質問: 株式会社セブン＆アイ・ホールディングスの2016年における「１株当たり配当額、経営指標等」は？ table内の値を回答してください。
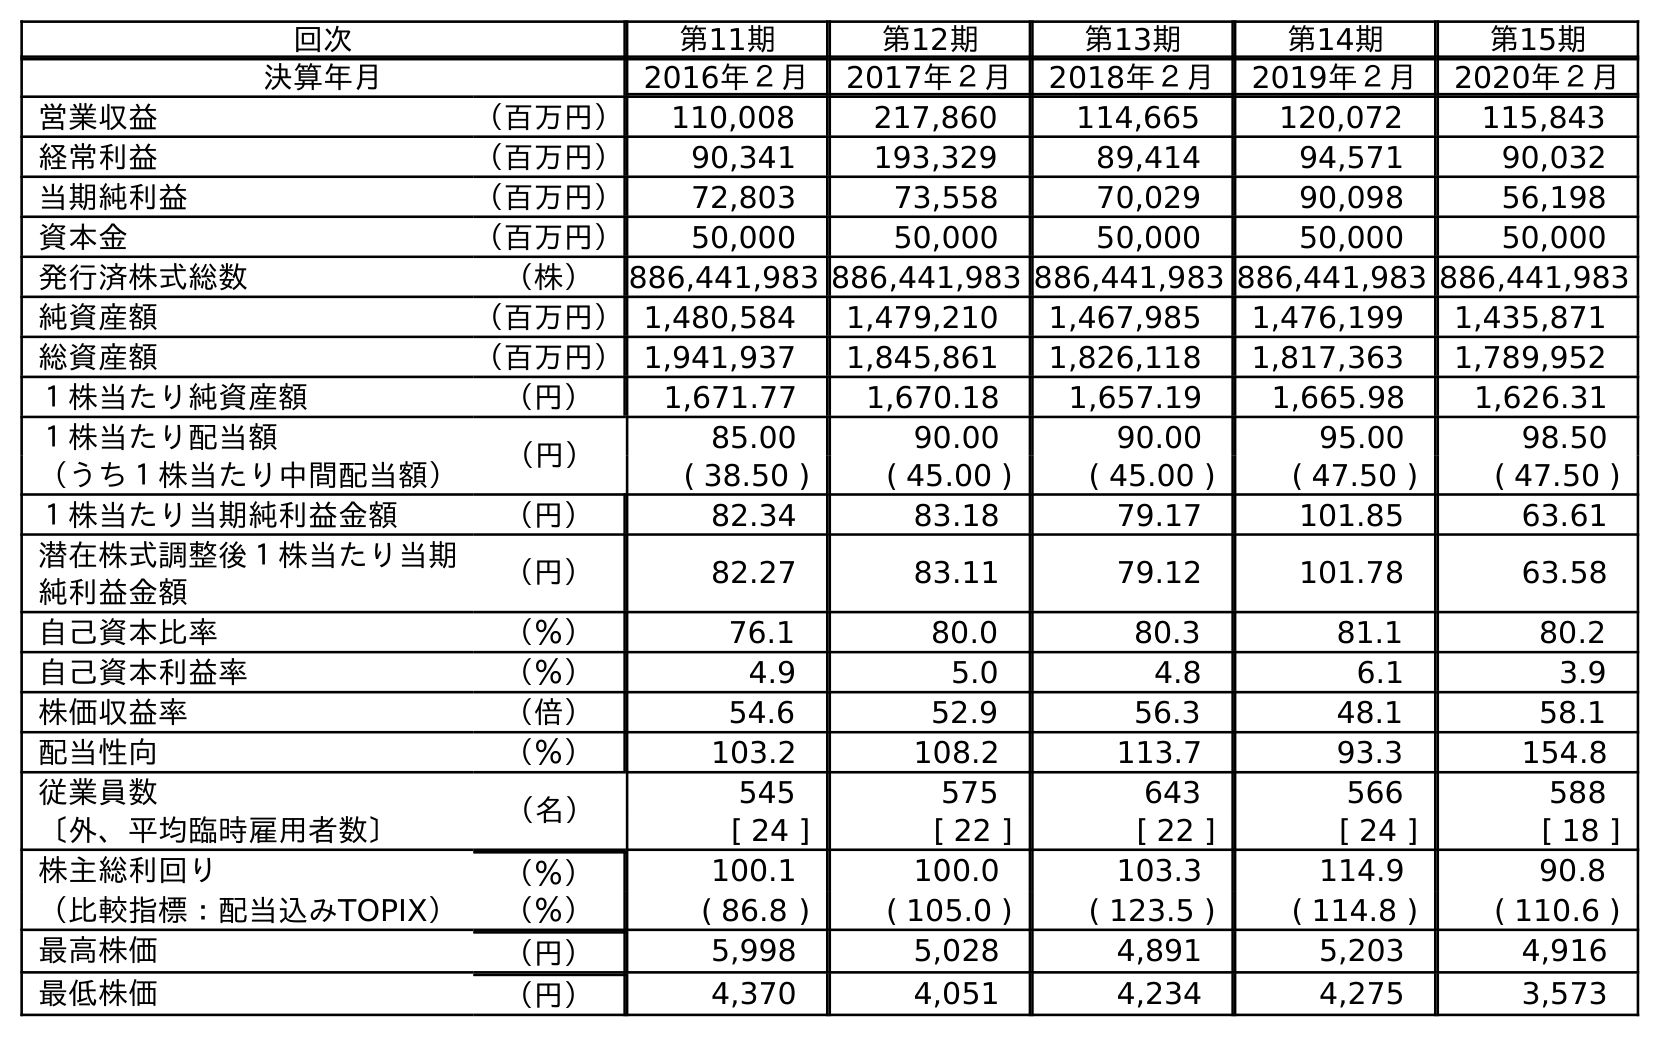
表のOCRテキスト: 回次 第11期 第12期 第13期 第14期 第15期 決算年月 2016年２月 2017年２月 2018年２月 2019年２月 2020年２月 営業収益 （百万円） 110,008 217,860 114,665 120,072 115,843 経常利益 （百万円） 90,341 193,329 89,414 94,571 90,032 当期純利益 （百万円） 72,803 73,558 70,029 90,098 56,198 資本金 （百万円） 50,000 50,000 50,000 50,000 50,000 発行済株式総数 （株） 886,441,983 886,441,983 886,441,983 886,441,983 886,441,983 純資産額 （百万円）1,480,584 1,479,210 1,467,985 1,476,199 1,435,871 総資産額 （百万円）1,941,937 1,845,861 1,826,118 1,817,363 1,789,952 １株当たり純資産額 （円） 1,671.77 1,670.18 1,657.19 1,665.98 1,626.31 １株当たり配当額 （円） 85.00 90.00 90.00 95.00 98.50 （うち１株当たり中間配当額） ( 38.50 ) ( 45.00 ) ( 45.00 ) ( 47.50 ) ( 47.50 ) １株当たり当期純利益金額 （円） 82.34 83.18 79.17 101.85 63.61 潜在株式調整後１株当たり当期 純利益金額 （円） 82.27 83.11 79.12 101.78 63.58 自己資本比率 （％） 76.1 80.0 80.3 81.1 80.2 自己資本利益率 （％） 4.9 5.0 4.8 6.1 3.9 株価収益率 （倍） 54.6 52.9 56.3 48.1 58.1 配当性向 （％） 103.2 108.2 113.7 93.3 154.8 従業員数 （名） 545 575 643 566 588 〔外、平均臨時雇用者数〕 [ 24 ] [ 22 ] [ 22 ] [ 24 ] [ 18 ] 株主総利回り （％） 100.1 100.0 103.3 114.9 90.8 （比較指標：配当込みTOPIX） （％） ( 86.8 ) ( 105.0 ) ( 123.5 ) ( 114.8 ) ( 110.6 ) 最高株価 （円） 5,998 5,028 4,891 5,203 4,916 最低株価 （円） 4,370 4,051 4,234 4,275 3,573
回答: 85.00